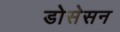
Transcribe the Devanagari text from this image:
डोसेसन